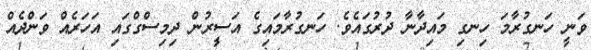
ވަނީ ހަނގުރާމަ ހިނގި މައިދާނާ ދުރުގައެވެ. ހަނގުރާމައިގެ އަސީރުން ދިމިސްގްގައި އަހަރެއް ވަންދެއް